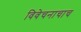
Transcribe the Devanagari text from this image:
विवेचनाचाच